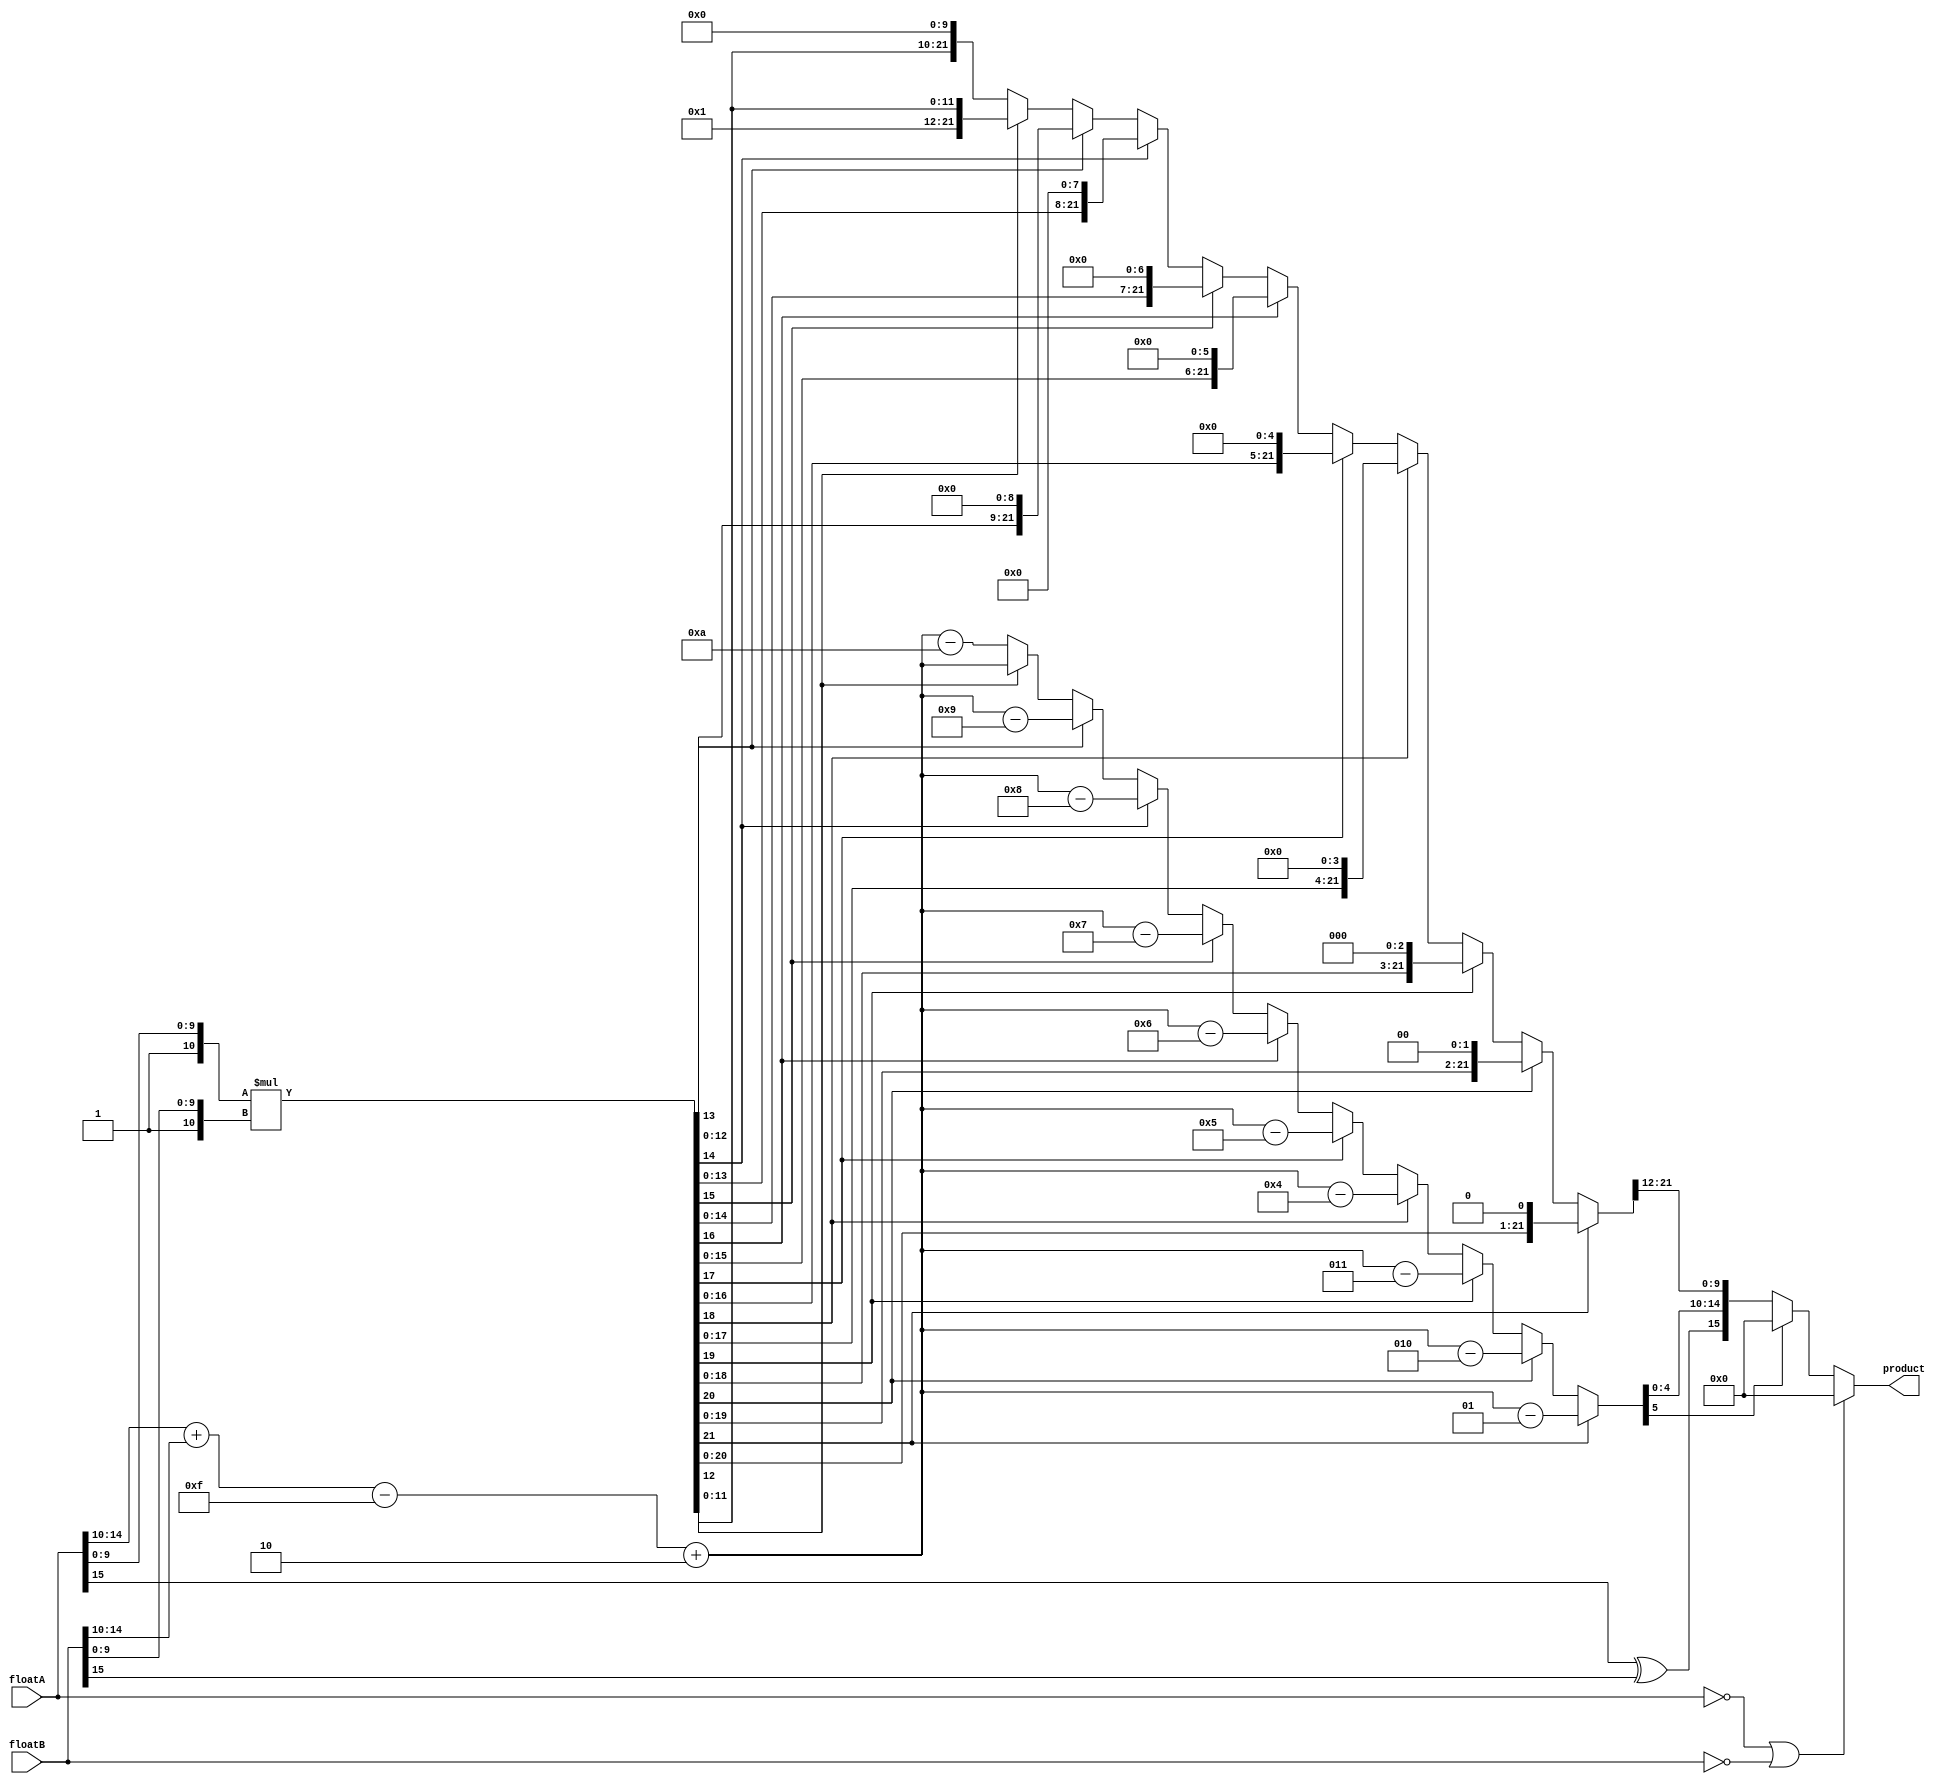
module floatMult 
(
	input wire [15:0] floatA,
	input wire [15:0] floatB,
	output reg [15:0] product
);

reg sign; 
reg signed [5:0] exponent; 
reg [9:0] mantissa;
reg [10:0] fractionA, fractionB;	
reg [21:0] fraction;


always @ (floatA or floatB) 
begin
	if (floatA == 0 || floatB == 0)  // have 0
		product = 0;				//  output 0 
	else 
	begin
		sign = floatA[15] ^ floatB[15]; // sign bit
		exponent = floatA[14:10] + floatB[14:10] - 5'd15 + 5'd2; 
	
		fractionA = {1'b1,floatA[9:0]}; 
		fractionB = {1'b1,floatB[9:0]}; 
		fraction = fractionA * fractionB; 
		
		if (fraction[21] == 1'b1) 
		begin
			fraction = fraction << 1;
			exponent = exponent - 1; 
		end 
		else if (fraction[20] == 1'b1) 
		begin
			fraction = fraction << 2;
			exponent = exponent - 2;
		end 
		else if (fraction[19] == 1'b1) 
		begin
			fraction = fraction << 3;
			exponent = exponent - 3;
		end 
		else if (fraction[18] == 1'b1) 
		begin
			fraction = fraction << 4;
			exponent = exponent - 4;
		end 
		else if (fraction[17] == 1'b1) 
		begin
			fraction = fraction << 5;
			exponent = exponent - 5;
		end 
		else if (fraction[16] == 1'b1) 
		begin
			fraction = fraction << 6;
			exponent = exponent - 6;
		end 
		else if (fraction[15] == 1'b1) 
		begin
			fraction = fraction << 7;
			exponent = exponent - 7;
		end 
		else if (fraction[14] == 1'b1) 
		begin
			fraction = fraction << 8;
			exponent = exponent - 8;
		end 
		else if (fraction[13] == 1'b1) 
		begin
			fraction = fraction << 9;
			exponent = exponent - 9;
		end 
		else if (fraction[12] == 1'b0) 
		begin
			fraction = fraction << 10;
			exponent = exponent - 10;
		end 
		// FP16 format
		mantissa = fraction[21:12];
		if(exponent[5]==1'b1) begin 
			product=16'b0000000000000000;
		end
		else begin
			product = {sign,exponent[4:0],mantissa};
		end
	end
end
endmodule